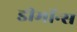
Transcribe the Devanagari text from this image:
डीमॉन्स